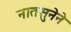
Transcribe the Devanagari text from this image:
नातसुनेने